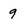
Character: 9